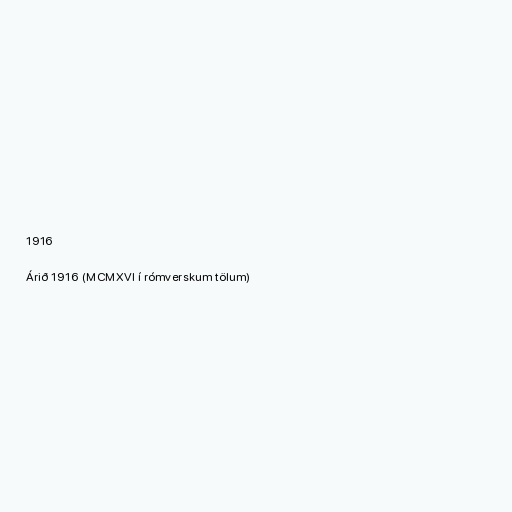
1916

Árið 1916 (MCMXVI í rómverskum tölum)